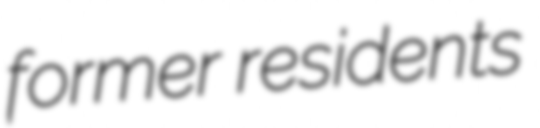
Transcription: former residents